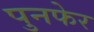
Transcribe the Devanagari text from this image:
पुनफेर